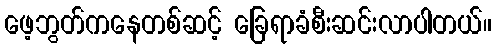
ဖေ့ဘွတ်ကနေတစ်ဆင့် ခြေရာခံစီးဆင်းလာပါတယ်။